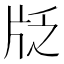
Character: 𱭚